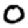
Digit: 0